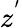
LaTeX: z^{'}